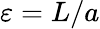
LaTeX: \varepsilon=L/a